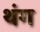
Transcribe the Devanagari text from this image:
थंग